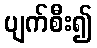
ပျက်စီး၍